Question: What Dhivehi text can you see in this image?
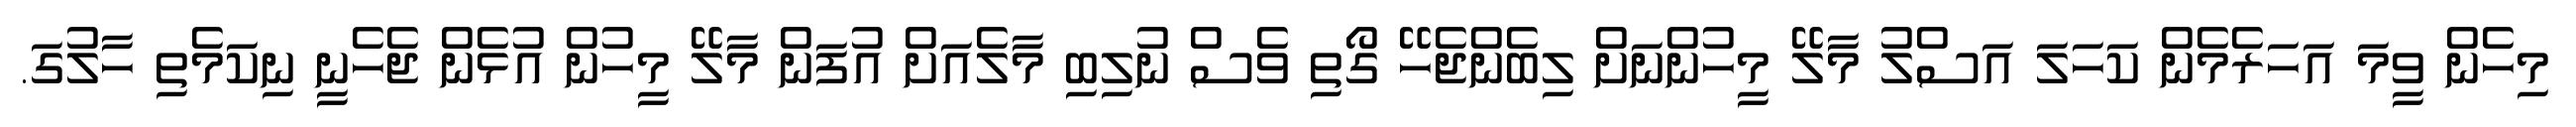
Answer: މިހެން ވީމަ އަހަރެމެން ކަހަލަ އަސްލު މާލޭ މީހުންނަށް ލިބެންޖެހޭ ގޯތި ވެސް ނުލިބި މާލެއަށް އުފަން މާލޭ މީހުން އުޅެން ޖެހެނީ ނިކަމެތި ހާލުގަ.